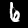
Label: 6